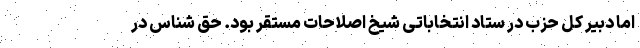
اما دبیر کل حزب در ستاد انتخاباتی شیخ اصلاحات مستقر بود. حق شناس در